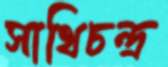
সাথিচন্দ্র